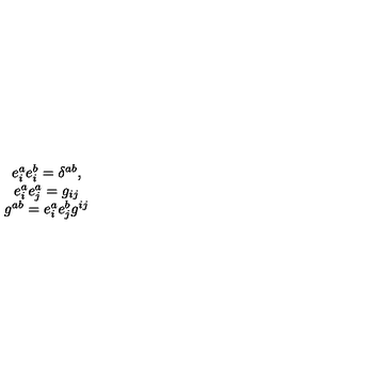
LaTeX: \begin{array} { c } { e _ { i } ^ { a } e _ { i } ^ { b } = \delta ^ { a b } , } \\ { e _ { i } ^ { a } e _ { j } ^ { a } = g _ { i j } } \\ { g ^ { a b } = e _ { i } ^ { a } e _ { j } ^ { b } g ^ { i j } } \\ \end{array}